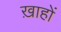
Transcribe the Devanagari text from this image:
ख़ाहों